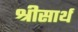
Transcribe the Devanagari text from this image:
श्रीसार्थ